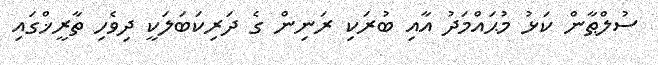
ސުލްޠާން ކަޅު މުޙައްމަދު އާއި ބުރަކި ރަނިން ގެ ދަރިކަބަލަކީ ދިވެހި ތާރީޚްގައި